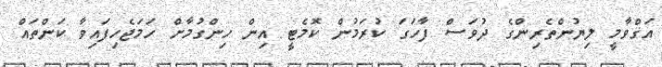
އަޤްވާމީ ލިޔުންތެރިންގެ ދުވަސް ފާހަގަ ކުރަމުން ކޮމެޓީ އިން ހިންގުމާށް ހަމަޖެހިފައިވާ ކަންތައް